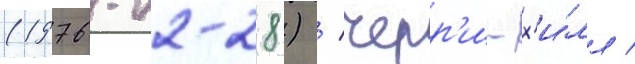
(1976-02-28) / черр'и-х'и́лл /